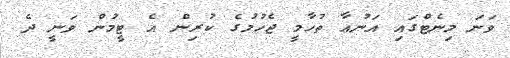
ވަނަ މިނެޓްގައި އަނުއާ ތުހާމީ ޖެހުމުގެ ކުރިން އެ ޓީމުން ވަނީ ދެ